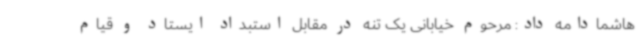
هاشمادامه داد: مرحوم خیابانی یک تنه در مقابل استبداد ایستاد و قیام